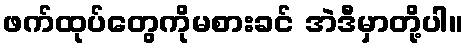
ဖက်ထုပ်တွေကိုမစားခင် အဲဒီမှာတို့ပါ။